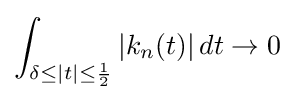
\int _{\delta \leq |t|\leq {\frac {1}{2}}}|k_{n}(t)|\,dt\to 0